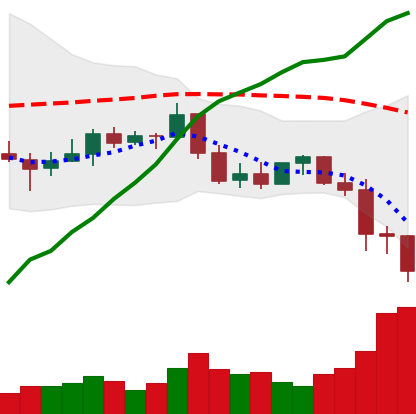
Ticker: BNB-USD
Chart end date: 2022-01-07
Forward return: 8.758%
Label: up_7plus